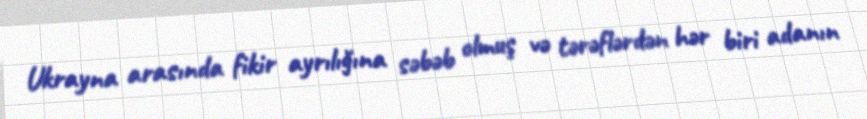
Ukrayna arasında fikir ayrılığına səbəb olmuş və tərəflərdən hər biri adanın